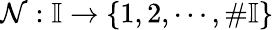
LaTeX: \mathcal{N}:\mathbb{I}\rightarrow\{ 1,2,\cdots,\# \mathbb{I}\}